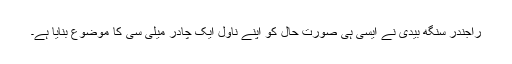
راجندر سنگھ بیدی نے ایسی ہی صورتِ حال کو اپنے ناول ایک چادر میلی سی کا موضوع بنایا ہے۔